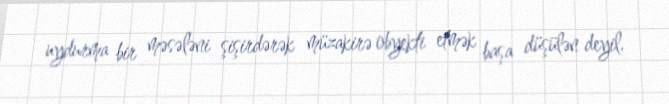
uydurma bir məsələni şişirdərək müzakirə obyekti etmək başa düşülən deyil.